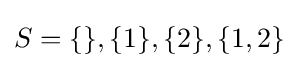
S=\{\},\{1\},\{2\},\{1,2\}